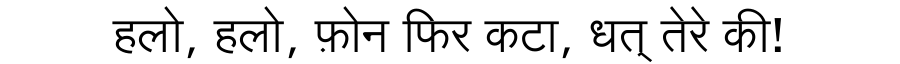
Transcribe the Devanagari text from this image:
हलो, हलो, फ़ोन फिर कटा, धत् तेरे की!